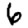
Digit: 6